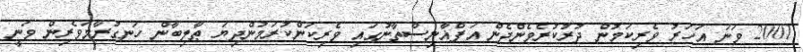
2001 ވަނަ އަހަރު ވެރިކަމުން ދުރުކުރެވެންދެން އަފްޣާނިސްތާނުގައި ވެރިކަންކުރަމުންދިޔަ ޠާލިބާން ހަނގުރާމަވެރިން ވަނީ